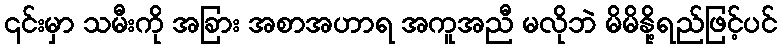
၎င်းမှာ သမီးကို အခြား အစာအဟာရ အကူအညီ မလိုဘဲ မိမိနို့ရည်ဖြင့်ပင်